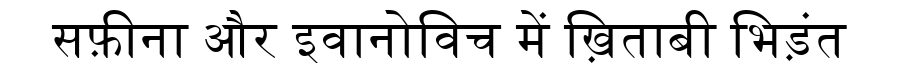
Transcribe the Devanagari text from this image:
सफ़ीना और इवानोविच में ख़िताबी भिड़ंत